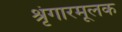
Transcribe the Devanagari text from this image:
श्रृंगारमूलक